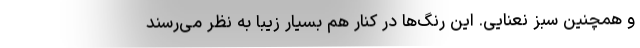
و همچنین سبز نعنایی. این رنگ‌ها در کنار هم بسیار زیبا به نظر می‌رسند